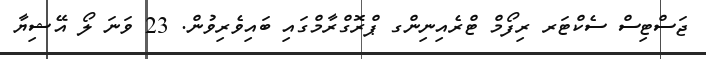
ޖަސްޓިސް ސެކްޓަރ ރިފޯމް ޓްރެއިނިންގ ޕްރޮގްރާމްގައި ބައިވެރިވުން. 23 ވަނަ ލޯ އޭޝިޔާ